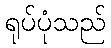
ရုပ်ပုံသည်